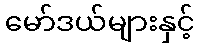
မော်ဒယ်များနှင့်